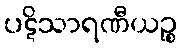
ပဋိသာရဏီယဉ္စ